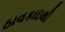
ઠાવકાઇથી